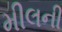
મીલની